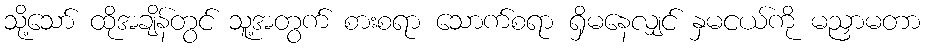
သို့သော် ထိုအချိန်တွင် သူ့အတွက် စားစရာ သောက်စရာ ရှိမနေလျှင် နှမငယ်ကို မညှာမတာ